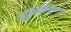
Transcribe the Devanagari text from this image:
हाइपरइन्सुलिज़म